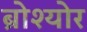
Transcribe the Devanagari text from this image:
ब्रोश्योर